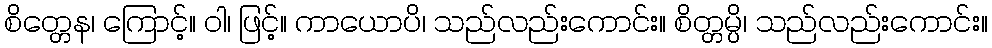
စိတ္တေန၊ ကြောင့်။ ဝါ၊ ဖြင့်။ ကာယောပိ၊ သည်လည်းကောင်း။ စိတ္တမ္ပိ၊ သည်လည်းကောင်း။